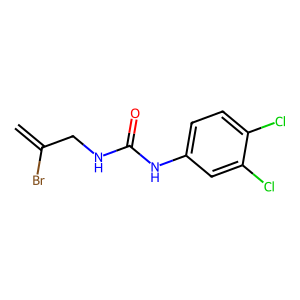
SMILES: C=C(Br)CNC(=O)Nc1ccc(Cl)c(Cl)c1
Inhibits HIV replication: No